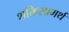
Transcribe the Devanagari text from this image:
शक्तिसामर्थ